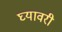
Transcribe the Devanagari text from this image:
घ्यावरी